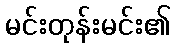
မင်းတုန်းမင်း၏